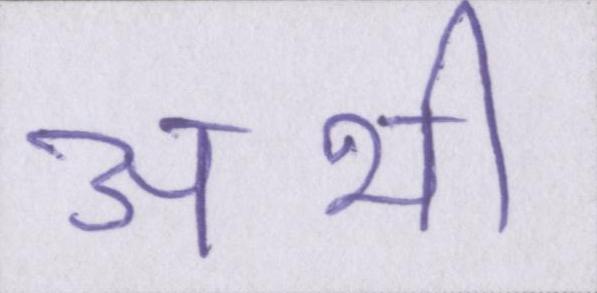
अभी